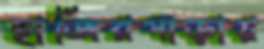
হাজিরপাড়ায়